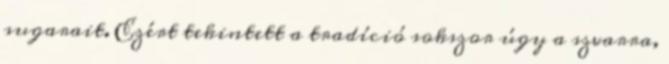
sugarait. Ezért tekintett a tradíció sokszor úgy a szvarra,